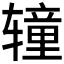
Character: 𰺝